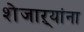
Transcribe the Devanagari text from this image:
शेजाऱ्यांना